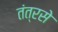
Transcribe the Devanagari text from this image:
तंत्रसे